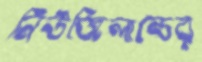
নিউজিলান্ডের